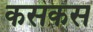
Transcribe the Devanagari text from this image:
कसकस